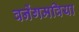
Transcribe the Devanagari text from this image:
वनेंगमविया